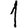
Digit: 1